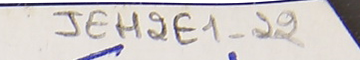
JEH2E1-22